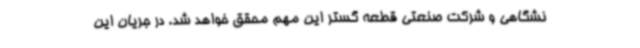
نشگاهی و شرکت صنعتی قطعه گستر این مهم محقق خواهد شد. در جریان این